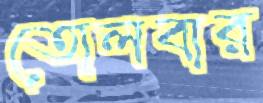
তোলবার